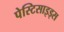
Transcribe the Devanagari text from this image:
पेस्टिसाइड्स